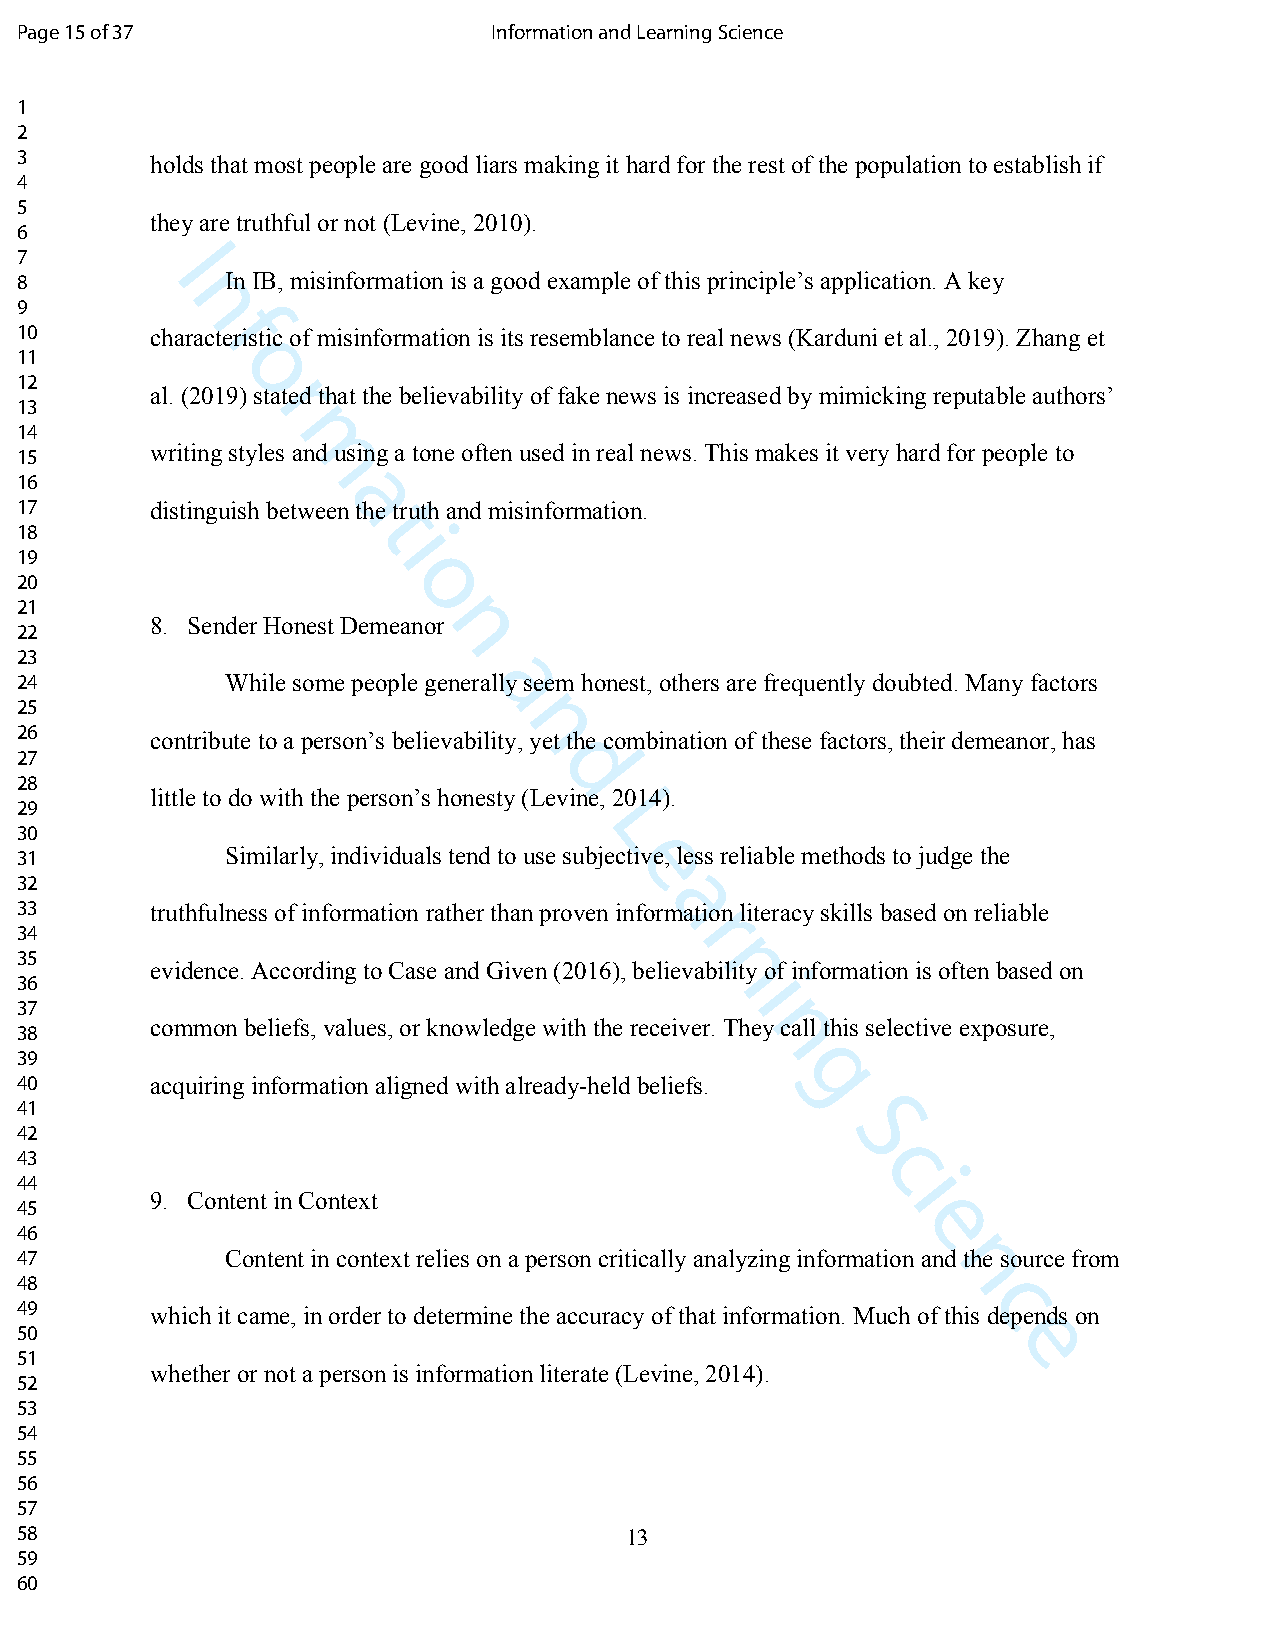
Page 15 of 37                   Information and Learning Science
 1
 2
 3        holds that most people are good liars making it hard for the rest of the population to establish if
 4
 5
 they are truthful or not (Levine, 2010).
 6
 7        I
 8             In IB, misinformation is a good example of this principle’s application. A key
 n
 9
 f
 10       characteristic of misinformation is its resemblance to real news (Karduni et al., 2019). Zhang et
 11
 o
 12
 al. (2019) srtated that the believability of fake news is increased by mimicking reputable authors’
 13
 14
 15
 writing stylesm and using a tone often used in real news. This makes it very hard for people to
 16
 a
 17       distinguish between the truth and misinformation.
 t
 18                      i
 19
 20                       o
 21
 8. Sender Honest Demeanonr
 22
 23
 24            While some people generaally seem honest, others are frequently doubted. Many factors
 25
 n
 26       contribute to a person’s believability, yet the combination of these factors, their demeanor, has
 27
 d
 28
 little to do with the person’s honesty (Levine, 2014).
 29
 L
 30
 31            Similarly, individuals tend to use subjec etive, less reliable methods to judge the
 32
 a
 33       truthfulness of information rather than proven information literacy skills based on reliable
 r
 34
 35
 evidence. According to Case and Given (2016), believanbility of information is often based on
 36                                              i
 37
 38
 common beliefs, values, or knowledge with the receiver. Thney call this selective exposure,
 39
 g
 40       acquiring information aligned with already-held beliefs.
 41
 42                                                    S
 43                                                      c
 44                                                        i
 9. Content in Context
 45
 e
 46
 47            Content in context relies on a person critically analyzing information an nd the source from
 48
 c
 49       which it came, in order to determine the accuracy of that information. Much of this depends on
 50                                                               e
 51
 whether or not a person is information literate (Levine, 2014).
 52
 53
 54
 55
 56
 57
 58                                      13
 59
 60